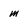
Character: m